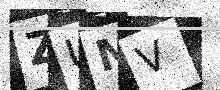
Text: ZUMV